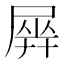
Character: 𡲱